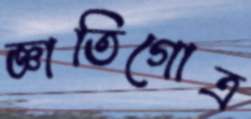
জ্ঞাতিগোত্র